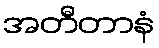
အတီတာနံ